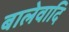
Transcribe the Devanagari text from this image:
बालेवादि